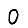
Digit: 0